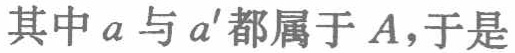
其中\(a\)与\(a'\)都属于\(A\)，于是